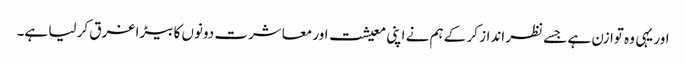
اور یہی وہ توازن ہے جسے نظر انداز کر کے ہم نے اپنی معیشت اور معاشرت دونوں کا بیڑا غرق کر لیا ہے۔